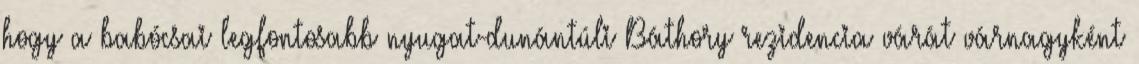
hogy a babócsai legfontosabb nyugat-dunántúli Báthory rezidencia várát várnagyként